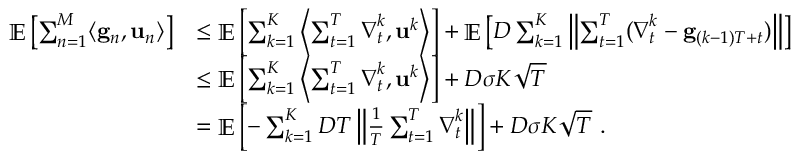
\begin{array} { r l } { \mathop { \mathbb { E } } \left[ \sum _ { n = 1 } ^ { M } \langle \mathbf { g } _ { n } , \mathbf { u } _ { n } \rangle \right] } & { \le \mathop { \mathbb { E } } \left[ \sum _ { k = 1 } ^ { K } \left\langle \sum _ { t = 1 } ^ { T } { \boldsymbol \nabla } _ { t } ^ { k } , \mathbf { u } ^ { k } \right\rangle \right] + \mathop { \mathbb { E } } \left[ D \sum _ { k = 1 } ^ { K } \left\| \sum _ { t = 1 } ^ { T } ( { \boldsymbol \nabla } _ { t } ^ { k } - \mathbf { g } _ { ( k - 1 ) T + t } ) \right\| \right] } \\ & { \le \mathop { \mathbb { E } } \left[ \sum _ { k = 1 } ^ { K } \left\langle \sum _ { t = 1 } ^ { T } { \boldsymbol \nabla } _ { t } ^ { k } , \mathbf { u } ^ { k } \right\rangle \right] + D \sigma K \sqrt { T } } \\ & { = \mathop { \mathbb { E } } \left[ - \sum _ { k = 1 } ^ { K } D T \left\| \frac { 1 } { T } \sum _ { t = 1 } ^ { T } { \boldsymbol \nabla } _ { t } ^ { k } \right\| \right] + D \sigma K \sqrt { T } ~ . } \end{array}